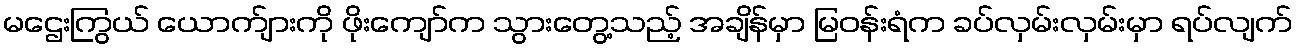
မဌေးကြွယ် ယောက်ျားကို ဖိုးကျော်က သွားတွေ့သည့် အချိန်မှာ မြဝန်းရံက ခပ်လှမ်းလှမ်းမှာ ရပ်လျက်